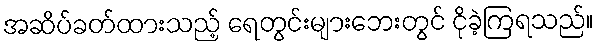
အဆိပ်ခတ်ထားသည့် ရေတွင်းများဘေးတွင် ငိုခဲ့ကြရသည်။